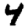
Digit: 4